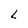
Character: L